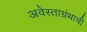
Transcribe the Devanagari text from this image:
अवेस्ताग्रंथाची